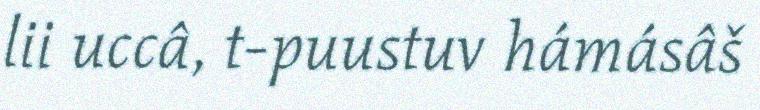
lii uccâ, t-puustuv hámásâš